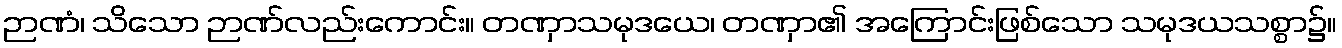
ဉာဏံ၊ သိသော ဉာဏ်လည်းကောင်း။ တဏှာသမုဒယေ၊ တဏှာ၏ အကြောင်းဖြစ်သော သမုဒယသစ္စာ၌။